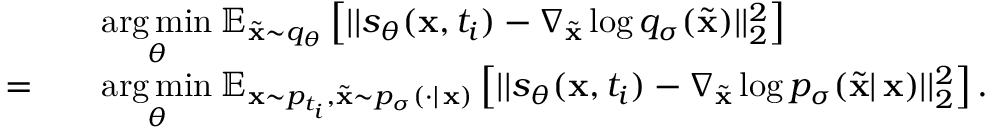
\begin{array} { r l } & { \underset { \theta } { \mathrm { a r g } \, \mathrm { m i n } } \: \mathbb { E } _ { \tilde { \mathbf { x } } \sim q _ { \theta } } \left[ | | s _ { \theta } ( \mathbf { x } , t _ { i } ) - \nabla _ { \tilde { \mathbf { x } } } \log q _ { \sigma } ( \tilde { \mathbf { x } } ) | | _ { 2 } ^ { 2 } \right] } \\ { = \quad } & { \underset { \theta } { \mathrm { a r g } \, \mathrm { m i n } } \: \mathbb { E } _ { \mathbf { x } \sim p _ { t _ { i } } , \tilde { \mathbf { x } } \sim p _ { \sigma } ( \cdot | \, \mathbf { x } ) } \left[ | | s _ { \theta } ( \mathbf { x } , t _ { i } ) - \nabla _ { \tilde { \mathbf { x } } } \log p _ { \sigma } ( \tilde { \mathbf { x } } | \, \mathbf { x } ) | | _ { 2 } ^ { 2 } \right] . } \end{array}